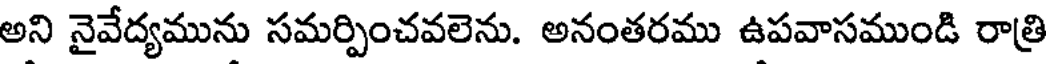
అని నైవేద్యమును సమర్పించవలెను. అనంతరము ఉపవాసముండి రాత్రి